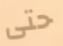
حتى